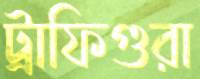
ট্রাফিগুরা